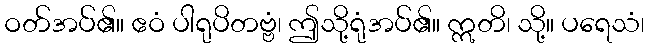
ဝတ်အပ်၏။ ဧဝံ ပါရုပိတဗ္ဗံ၊ ဤသို့ရုံအပ်၏။ ဣတိ၊ သို့။ ပရေသံ၊